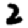
Digit: 2